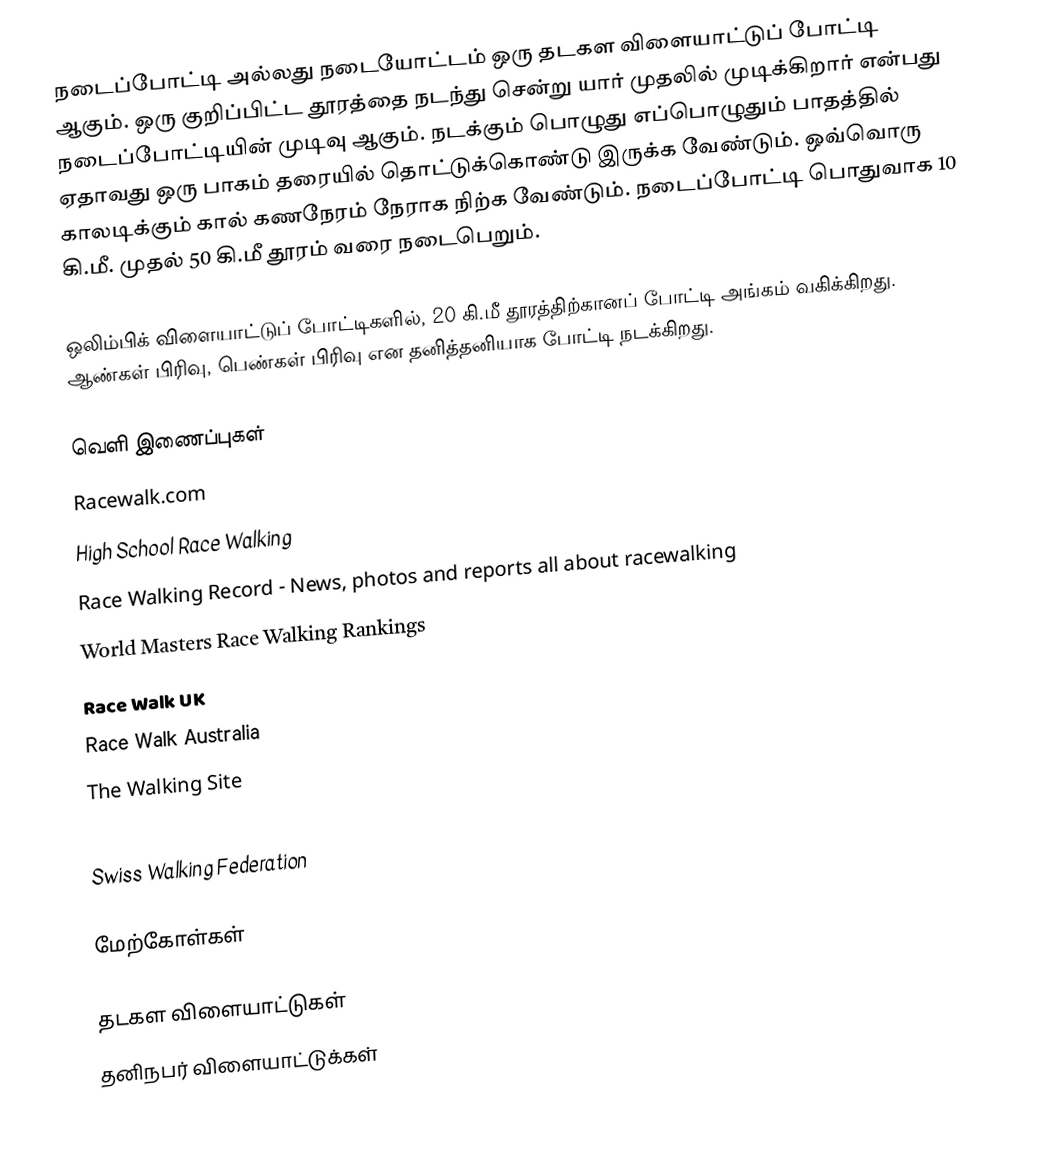
நடைப்போட்டி அல்லது நடையோட்டம் ஒரு தடகள விளையாட்டுப் போட்டி ஆகும். ஒரு குறிப்பிட்ட தூரத்தை நடந்து சென்று யார் முதலில் முடிக்கிறார் என்பது நடைப்போட்டியின் முடிவு ஆகும். நடக்கும் பொழுது எப்பொழுதும் பாதத்தில் ஏதாவது ஒரு பாகம் தரையில் தொட்டுக்கொண்டு இருக்க வேண்டும். ஒவ்வொரு காலடிக்கும் கால் கணநேரம் நேராக நிற்க வேண்டும். நடைப்போட்டி பொதுவாக 10 கி.மீ. முதல் 50 கி.மீ தூரம் வரை நடைபெறும்.

ஒலிம்பிக் விளையாட்டுப் போட்டிகளில், 20 கி.மீ தூரத்திற்கானப் போட்டி அங்கம் வகிக்கிறது. ஆண்கள் பிரிவு, பெண்கள் பிரிவு என தனித்தனியாக போட்டி நடக்கிறது.

வெளி இணைப்புகள்
 Racewalk.com
 High School Race Walking
 Race Walking Record - News, photos and reports all about racewalking
 World Masters Race Walking Rankings
 Race Walk UK
 Race Walk Australia
 The Walking Site
 D. Guebey walking pages
 Swiss Walking Federation

மேற்கோள்கள்

தடகள விளையாட்டுகள்
தனிநபர் விளையாட்டுக்கள்